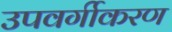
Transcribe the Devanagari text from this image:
उपवर्गीकरण